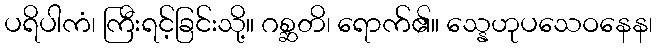
ပရိပါကံ၊ ကြီးရင့်ခြင်းသို့။ ဂစ္ဆတိ၊ ရောက်၏။ သ္နေဟုပသေဝနေန၊